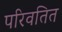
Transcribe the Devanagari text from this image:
परिवतित